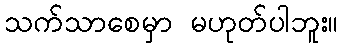
သက်သာစေမှာ မဟုတ်ပါဘူး။